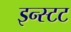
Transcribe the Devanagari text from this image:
इन्स्टट